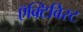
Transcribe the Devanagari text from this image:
ऍक्टिविस्ट